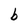
Character: b